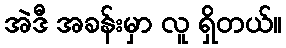
အဲဒီ အခန်းမှာ လူ ရှိတယ်။